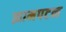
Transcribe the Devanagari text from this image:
झामपटन